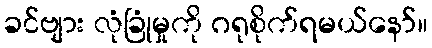
ခင်ဗျား လုံခြုံမှုကို ဂရုစိုက်ရမယ်နော်။